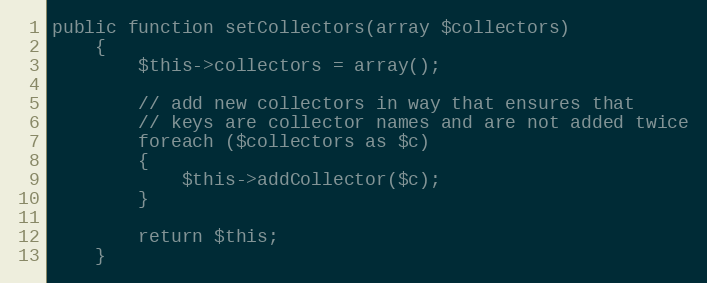
Language: PHP
public function setCollectors(array $collectors)
    {
        $this->collectors = array();

        // add new collectors in way that ensures that
        // keys are collector names and are not added twice
        foreach ($collectors as $c)
        {
            $this->addCollector($c);
        }

        return $this;
    }